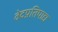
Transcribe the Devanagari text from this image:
वेदप्रतिपाद्य